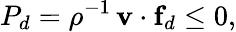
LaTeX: P_{d}=\rho^{-1}\, \mathbf{v}\cdot\textbf{f}_{d}\leq 0,